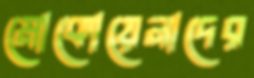
মোকোয়েনাদের